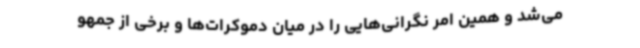
می‌شد و همین امر نگرانی‌هایی را در میان دموکرات‌ها و برخی از جمهو